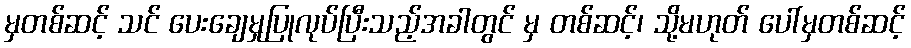
မှတစ်ဆင့် သင် ပေးချေမှုပြုလုပ်ပြီးသည့်အခါတွင် မှ တစ်ဆင့်၊ သို့မဟုတ် ပေါ်မှတစ်ဆင့်